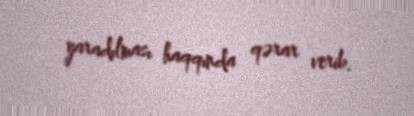
yaradılması haqqında qərar verib.